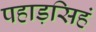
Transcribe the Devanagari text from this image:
पहाड़सिहं